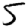
Digit: 5